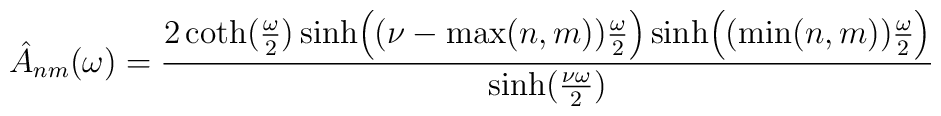
\hat A_{nm}(\omega)={2 \coth ({\omega \over 2} )\sinh \Bigl (( \nu- \max(n,m)){\omega \over 2}\Bigr) \sinh \Bigl ((\min(n,m)){\omega\over 2}\Bigr ) \over \sinh ({\nu \omega \over 2})}